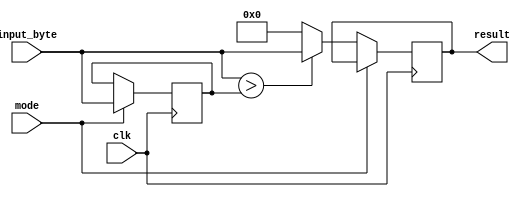
module thresholding(
    clk,
    mode,
    input_byte,
    result
);
input clk;
input mode;
input [7:0]input_byte;
output [7:0]result;
reg [7:0]threshold;
reg [7:0] op;
always @( posedge clk) begin
    if(mode) begin
        threshold <= input_byte;
    end
    else begin
        if(input_byte > threshold) begin
            op <= input_byte;
        end
        else begin
            op <= 8'h00;
        end
    end
end

assign result = op;
endmodule